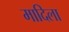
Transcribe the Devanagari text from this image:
मादिला